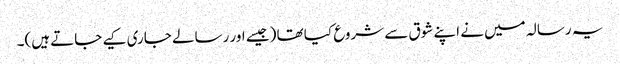
یہ رسالہ میں نے اپنے شوق سے شروع کیا تھا (جیسے اور رسالے جاری کیے جاتے ہیں)۔